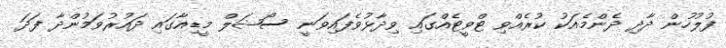
ފުލުހުން ދާދި ދެންމެއަކު ކުރެއްވި ޓްވީޓެއްގައި ވިދާޅުވެފައިވަނީ ސޯޝަލް މީޑިއާގައި ދައުރުވަމުންދާ ފަދަ